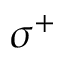
\sigma ^ { + }